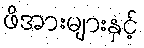
ဖိအားများနှင့်